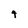
Character: 4